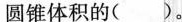
圆锥体积的()。